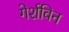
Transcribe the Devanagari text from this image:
गेर्शविन